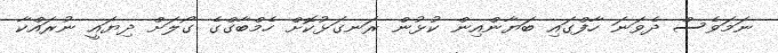
ނަމަވެސް ދެވަނަ ހާފްގައި ބަޔާންއިން ކުޅުން ރަނގަޅުކޮށް ހެމްބާގްގެ ގޯލަށް ދިޔައީ ނުރައްކާ